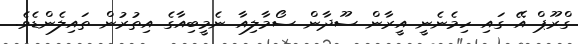
ގްރޫޕް އޭ ގައި ހިމެނެނީ އީރާން ސޫދާން ސޯމާލިއާ ނެމީބިއާގެ އިތުރުން ތައިލެންޑެވެ.